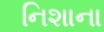
નિશાના